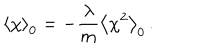
\left\langle \chi \right\rangle _ { 0 } = - \frac { \lambda } { m } \left\langle \chi ^ { 2 } \right\rangle _ { 0 } \, .